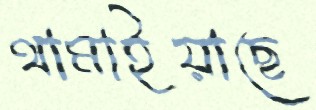
থামাইয়াছে